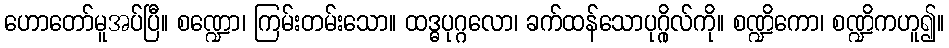
ဟောတော်မူအပ်ပြီ။ စဏ္ဍော၊ ကြမ်းတမ်းသော။ ထဒ္ဓပုဂ္ဂလော၊ ခက်ထန်သောပုဂ္ဂိုလ်ကို။ စဏ္ဍိကော၊ စဏ္ဍိကဟူ၍။